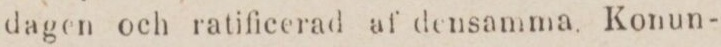
dagen och ratificerad af densamma. Konun-